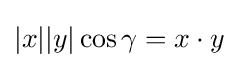
|x||y|\cos \gamma =x\cdot y